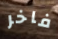
فاخر